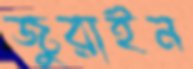
জুরাইন